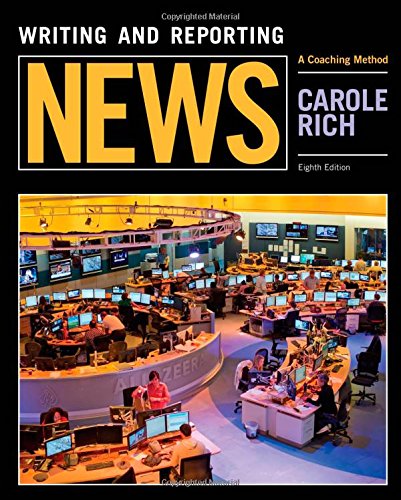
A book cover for Writing and Reporting News: A Coaching Method (Mass Communication and Journalism); Carole Rich; Business & Money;